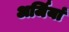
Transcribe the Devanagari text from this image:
अर्जियां